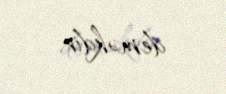
deməkdir.